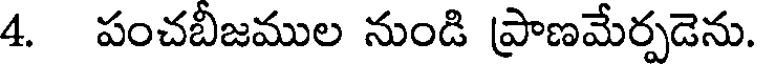
4. పంచబీజముల నుండి ప్రాణమేర్పడెను.